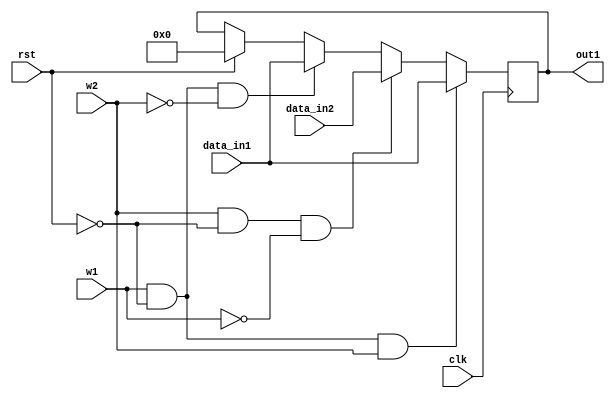
`timescale 1ns / 1ps

module banco_de_registros #(parameter M=32)
   (data_in1, data_in2, w1,w2, clk, rst, out1);
   
   input 	 w1, w2, clk, rst;
   input [M-1:0] data_in1, data_in2;
   output [M-1:0] out1;

   reg [M-1:0] 	      _registro=32'b1;
   
   always @ (posedge clk) begin
      if (rst) _registro <= 0;
      if (w1 & ~rst & ~w2) begin
        _registro <= data_in1;
        end
      if (w2 & ~rst & ~w1) begin
        _registro <= data_in2;
        end
      if (w1 & ~rst & w2) begin
        _registro <= data_in1;
        end
   end
   
  assign out1 = _registro;
   
endmodule // banco_de_registros